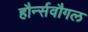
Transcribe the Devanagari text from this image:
हौर्न्सवौगल